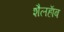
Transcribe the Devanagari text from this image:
शैलहाॅब